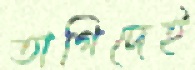
তাগিদেই